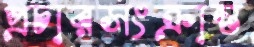
প্রচারসংক্রান্ত